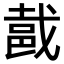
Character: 𨚵